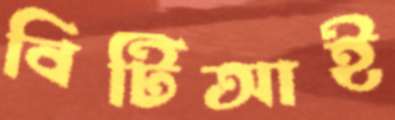
বিটিআই